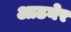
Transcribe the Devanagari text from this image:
आठनेर